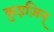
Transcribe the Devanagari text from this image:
क़ुइज़िन्